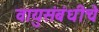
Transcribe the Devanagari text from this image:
वायुसंबंधीचे